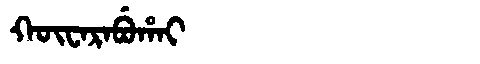
Manchu: ᡴᡡᠸᠠᡵᠠᠪᡠᡥᠠᡳ
Romanization: KŪWARABUHAI